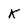
Character: K